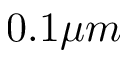
0 . 1 \mu m